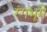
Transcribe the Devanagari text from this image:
रंगभूमे